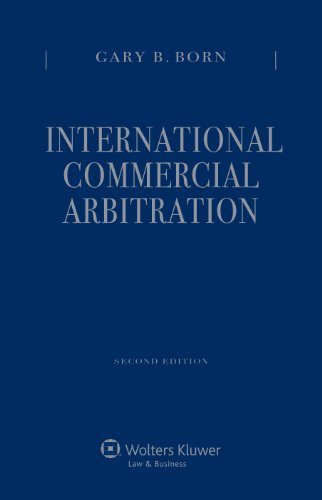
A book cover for International Commercial Arbitration, Second Edition (Three Volume Set); Gary B. Born; Law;